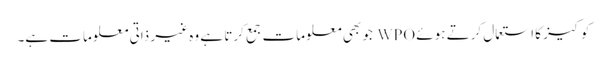
کوکیز کا استعمال کرتے ہوئے WPO جو بھی معلومات جمع کرتا ہے وہ غیر ذاتی معلومات ہے۔